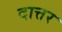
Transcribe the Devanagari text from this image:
दात्तर